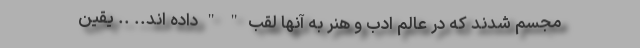
مجسم شدند که در عالم ادب و هنر به آنها لقب " " داده اند.. .. یقین